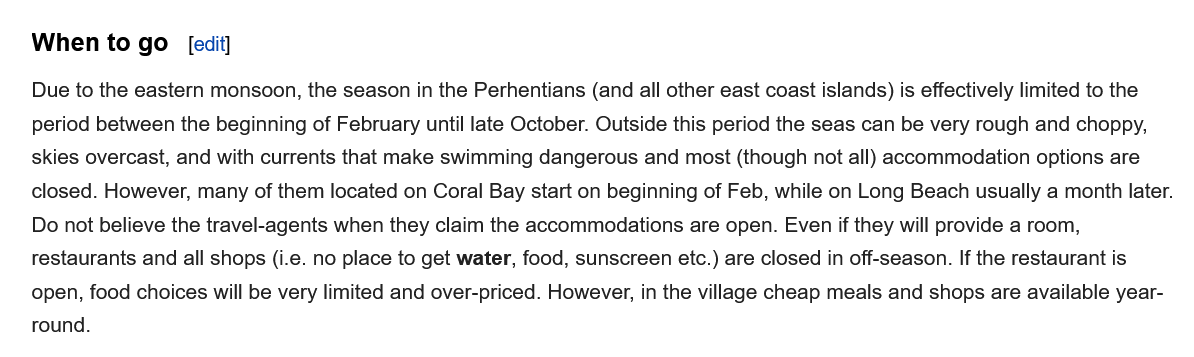
When to   go   [edit]
    Due to the eastern monsoon, the season in the Perhentians (and all other east coast islands) is effectively limited to the
    period between the beginning of February until late October. Outside this period the seas can be very rough and choppy,
   skies overcast, and with currents that make swimming dangerous and most (though not all) accommodation options are
   closed. However, many of them located on Coral Bay start on beginning of Feb, while on Long Beach usually a month later.
    Do not believe the travel-agents when they claim the accommodations are open. Even if they will provide a room,
    restaurants and all shops (i.e. no place to get water, food, sunscreen etc.) are closed in off-season. If the restaurant is
   open, food choices will be very limited and over-priced. However, in the village cheap meals and shops are available year-
    round.